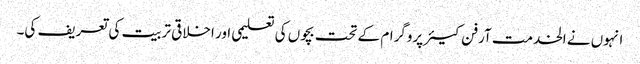
انہوں نے الخدمت آرفن کیئر پروگرام کے تحت بچوں کی تعلیمی اور اخلاقی تربیت کی تعریف کی۔